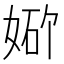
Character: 𪥾